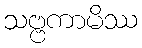
သဗ္ဗကာမိဿ